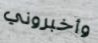
وأخبروني